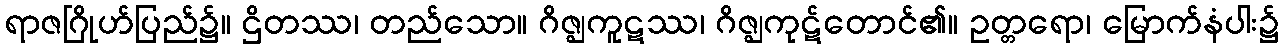
ရာဇဂြိုဟ်ပြည်၌။ ဌိတဿ၊ တည်သော။ ဂိဇ္ဈကူဋဿ၊ ဂိဇ္ဈကုဋ်တောင်၏။ ဥတ္တရော၊ မြောက်နံပါး၌